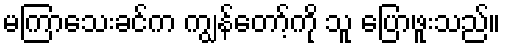
မကြာသေးခင်က ကျွန်တော့်ကို သူ ပြောဖူးသည်။